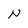
Character: N